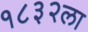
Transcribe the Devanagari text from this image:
१८३२ला